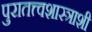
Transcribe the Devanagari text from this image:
पुरातत्त्वशास्त्राशी